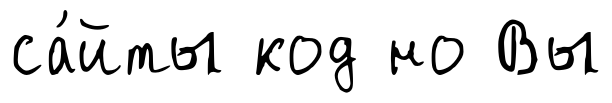
са́йты код но Вы